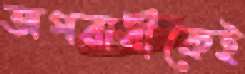
অপরাধীকেই